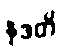
နုဒတိ